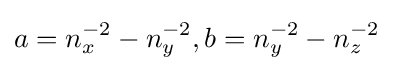
a=n_{x}^{-2}-n_{y}^{-2},b=n_{y}^{-2}-n_{z}^{-2}